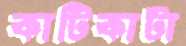
কাটিকাটা